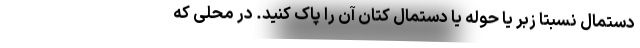
دستمال نسبتا زبر یا حوله یا دستمال کتان آن را پاک کنید. در محلی که